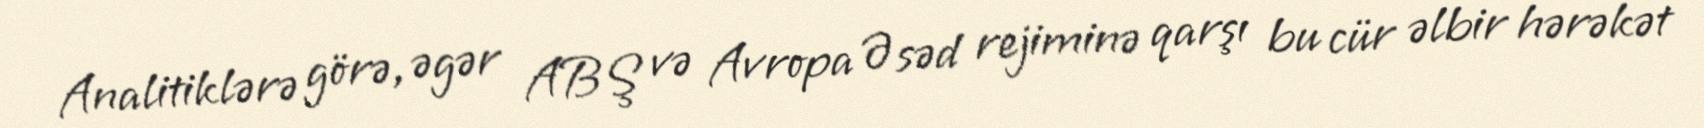
Analitiklərə görə, əgər ABŞ və Avropa Əsəd rejiminə qarşı bu cür əlbir hərəkət